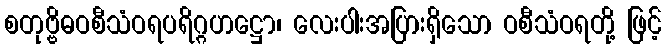
စတုဗ္ဗိဓဝစီသံဝရပရိဂ္ဂဟဋ္ဌော၊ လေးပါးအပြားရှိသော ဝစီသံဝရတို့ ဖြင့်